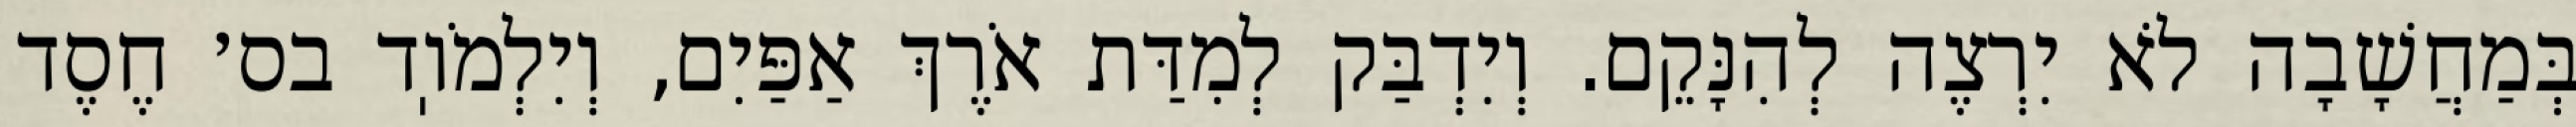
בְּמַחֲשָׁבָה לֹא יִרְצֶה לְהִנָּקֵם. וְיִדְבַּק לְמִדַּת אֹרֶךְ אַפַּיִם, וְיִלְמֹוֽד בס׳ חֶסֶד